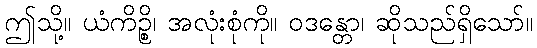
ဤသို့။ ယံကိဉ္စိ၊ အလုံးစုံကို။ ဝဒန္တော၊ ဆိုသည်ရှိသော်။